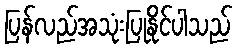
ပြန်လည်အသုံးပြုနိုင်ပါသည်